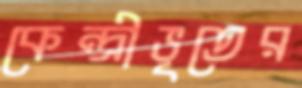
কেন্দ্রীভূতের